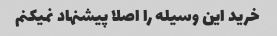
خرید این وسیله را اصلا پیشنهاد نمیکنم